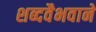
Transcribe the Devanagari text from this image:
शब्दवैभवाने